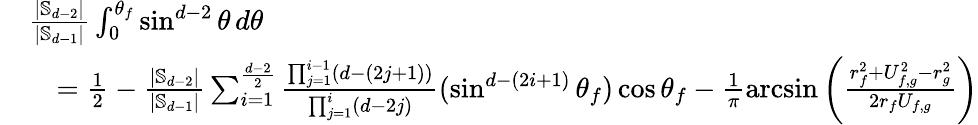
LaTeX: \begin{array}{rl}&{\frac{|\mathbb{S}_{d-2}|}{|\mathbb{S}_{d-1}|}\int_{0}^{\theta_{f}}\sin^{d-2}\theta\, d\theta}\\ &{\quad=\frac{1}{2}-\frac{|\mathbb{S}_{d-2}|}{|\mathbb{S}_{d-1}|}\sum_{i=1}^{\frac{d-2}{2}}\frac{\prod_{j=1}^{i-1}(d-(2j+1))}{\prod_{j=1}^{i}(d-2j)}(\sin^{d-(2i+1)}\theta_{f})\cos\theta_{f}-\frac{1}{\pi}\arcsin\left(\frac{r_{f}^{2}+U_{f,g}^{2}-r_{g}^{2}}{2r_{f}U_{f,g}}\right)}\end{array}